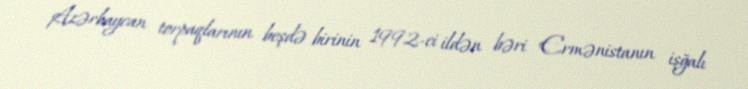
Azərbaycan torpaqlarının beşdə birinin 1992-ci ildən bəri Ermənistanın işğalı